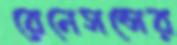
রেনেসন্সের